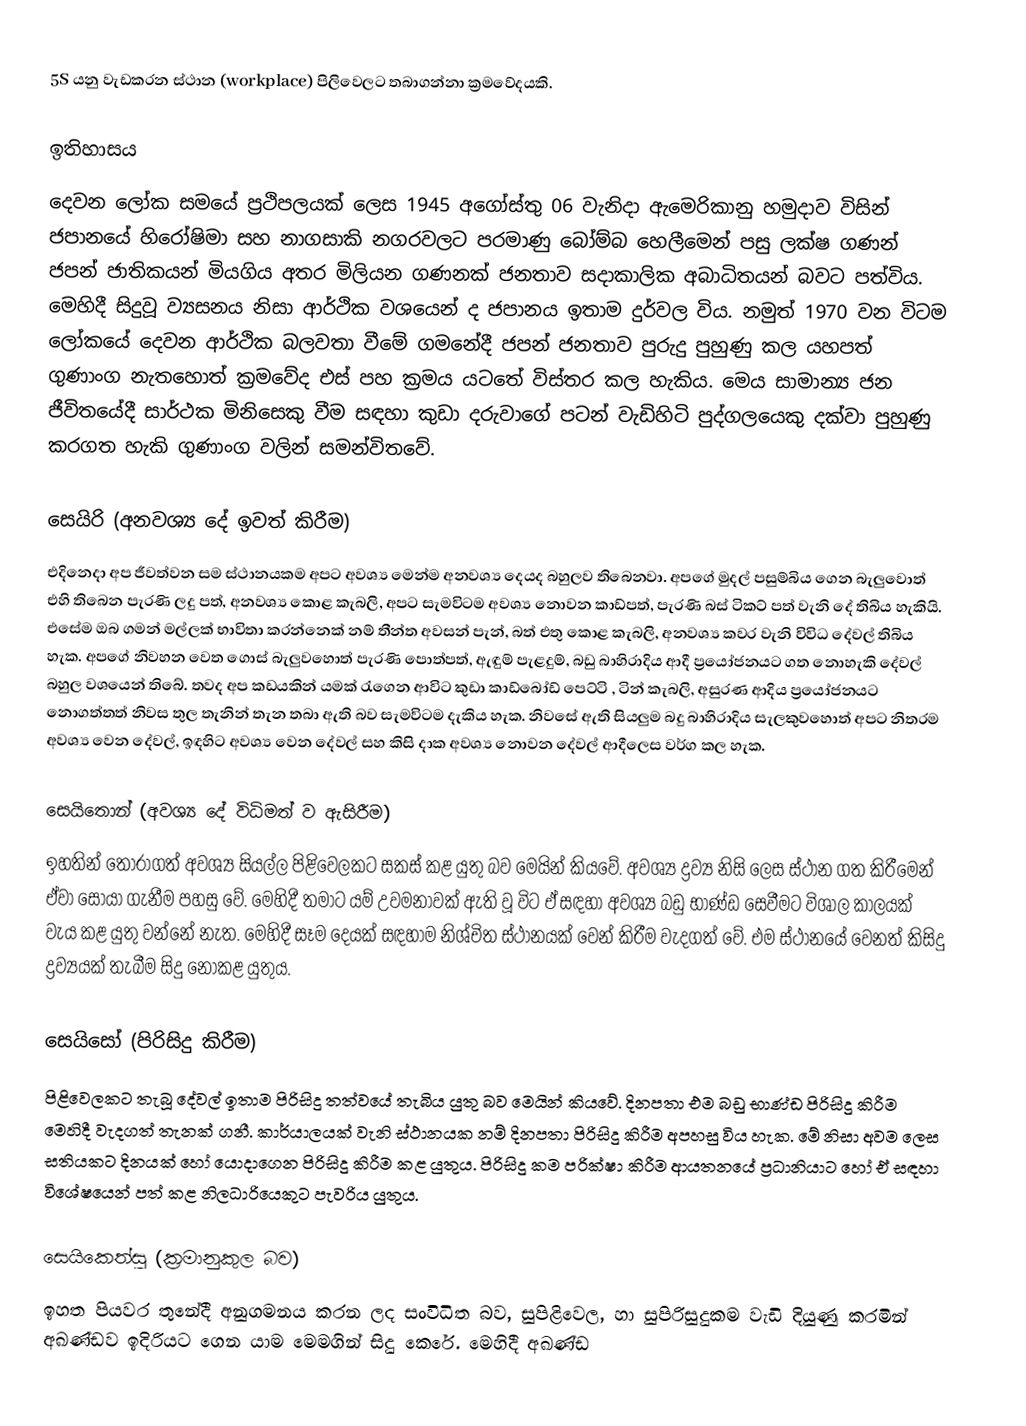
5S යනු වැඩකරන ස්‍ථාන (workplace) පිලිවෙලට තබාගන්නා ක්‍රමවේදයකි.

ඉතිහාසය
දෙවන ලෝක  සමයේ ප්‍රථිපලයක් ලෙස 1945 අගෝස්තු 06 වැනිදා ඇමෙරිකානු හමුදාව විසින් ජපානයේ හිරෝෂිමා සහ නාගසාකි නගරවලට පරමාණු බෝම්බ හෙලීමෙන් පසු ලක්ෂ ගණන් ජපන් ජාතිකයන් මියගිය අතර මිලියන ගණනක් ජනතාව සදාකාලික අබාධිතයන් බවට පත්විය. මෙහිදී සිදුවූ ව්‍යසනය නිසා ආර්ථික වශයෙන් ද ජපානය ඉතාම දුර්වල විය. නමුත් 1970 වන විටම ලෝකයේ දෙවන ආර්ථික බලවතා වීමේ ගමනේදී ජපන් ජනතාව පුරුදු පුහුණු කල යහපත් ගුණාංග නැතහොත් ක්‍රමවේද එස් පහ ක්‍රමය යටතේ විස්තර කල හැකිය. මෙය සාමාන්‍ය ජන ජීවිතයේදී සාර්ථක මිනිසෙකු වීම සඳහා කුඩා දරුවාගේ පටන් වැඩිහිටි පුද්ගලයෙකු දක්වා පුහුණු කරගත හැකි ගුණාංග වලින් සමන්විතවේ.

සෙයිරි (අනවශ්‍ය දේ ඉවත් කිරීම)
එදිනෙදා අප ජීවත්වන සම ස්ථානයකම අපට අවශ්‍ය මෙන්ම අනවශ්‍ය දෙයද බහුලව තිබෙනවා. අපගේ මුදල් පසුම්බිය ගෙන බැලුවොත් එහි තිබෙන පැරණි ලදු පත්, අනවශ්‍ය කොළ කැබලි, අපට සැමවිටම අවශ්‍ය නොවන කාඩ්පත්, පැරණි බස් ටිකට් පත් වැනි දේ තිබිය හැකියි. එසේම ඔබ ගමන් මල්ලක් භාවිතා කරන්නෙක් නම් තීන්ත අවසන් පැන්, බත් එතු කොළ කැබලි, අනවශ්‍ය කවර වැනි විවිධ දේවල් තිබිය හැක. අපගේ නිවහන වෙත ගොස් බැලුවහොත්  පැරණි පොත්පත්, ඇඳුම් පැළදුම්, බඩු බාහිරාදිය ආදී ප්‍රයෝජනයට ගත නොහැකි දේවල් බහුල වශයෙන් තිබේ. තවද අප කඩයකින් යමක් රැගෙන ආවිට කුඩා කාඩ්බෝඩ් පෙට්ටි , ටින් කැබලි, අසුරණ ආදිය ප්‍රයෝජනයට නොගත්තත් නිවස තුල තැනින් තැන තබා ඇති බව සැමවිටම දැකිය හැක. නිවසේ ඇති සියලුම බදු බාහිරාදිය සැලකුවහොත්  අපට නිතරම අවශ්‍ය වෙන දේවල්, ඉඳහිට අවශ්‍ය වෙන දේවල් සහ කිසි දාක අවශ්‍ය නොවන දේවල් ආදීලෙස වර්ග කල හැක.

සෙයිතොන් (අවශ්‍ය දේ විධිමත් ව ඇසිරීම)
ඉහතින් තෝරාගත් අවශ්‍ය සියල්ල පිළිවෙලකට සකස් කළ යුතු බව මෙයින් කියවේ. අවශ්‍ය ද්‍රව්‍ය නිසි ලෙස ස්ථාන ගත කිරීමෙන් ඒවා සොයා ගැනීම පහසු වේ. මෙහිදී තමාට යම් උවමනාවක් ඇති වූ විට ඒ සඳහා අවශ්‍ය බඩු භාණ්ඩ සෙවීමට විශාල කාලයක් වැය කළ යුතු වන්නේ නැත. මෙහිදී සෑම දෙයක් සඳහාම නිශ්චිත ස්ථානයක් වෙන් කිරීම වැදගත් වේ. එම ස්ථානයේ වෙනත් කිසිදු ද්‍රව්‍යයක් තැබීම සිදු නොකළ යුතුය.

සෙයිසෝ (පිරිසිදු කිරීම)
පිළිවෙලකට තැබූ දේවල් ඉතාම පිරිසිදු තත්වයේ තැබිය යුතු බව මෙයින් කියවේ. දිනපතා එම බඩු භාණ්ඩ පිරිසිදු කිරීම මෙහිදී වැදගත් තැනක් ගනී. කාර්යාලයක් වැනි ස්ථානයක නම් දිනපතා පිරිසිදු කිරීම අපහසු විය හැක. මේ නිසා අවම ලෙස සතියකට දිනයක් හෝ යොදාගෙන පිරිසිදු කිරීම කළ යුතුය. පිරිසිදු කම පරික්ෂා කිරීම ආයතනයේ ප්‍රධානියාට හෝ ඒ සඳහා විශේෂයෙන් පත් කළ නිලධාරියෙකුට පැවරිය යුතුය.

සෙයිකෙත්සු (ක්‍රමානුකුල බව)
ඉහත පියවර තුනේදී අනුගමනය කරන ලද සංවිධිත බව, සුපිළිවෙල, හා සුපිරිසුදුකම වැඩි දියුණු කරමින් අඛණ්ඩව ඉදිරියට ගෙන යාම මෙමගින් සිදු කෙරේ. මෙහිදී අඛණ්ඩ